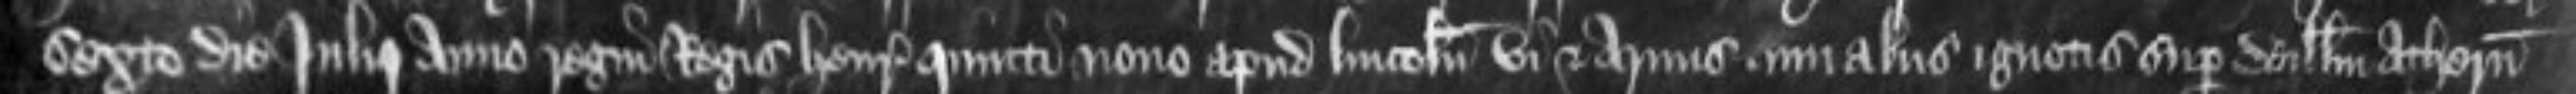
sexto die Julii anno regni Regis Henrici quinti nono apud Lincolniam vi et armis cum aliis ignotis super Willelmum Athern